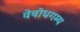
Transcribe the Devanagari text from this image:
वेबोधगम्य